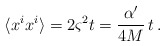
\begin{align*}\langle x^i x^i \rangle = 2 \varsigma^2 t=\frac{\alpha'}{4M} \, t \, .\end{align*}